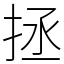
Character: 拯